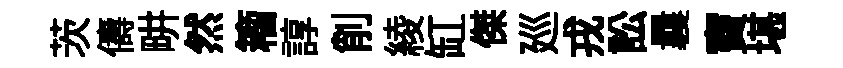
茨儔畊然籕諄削綾缸傑廵戎訟曩竇堪